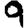
Digit: 9